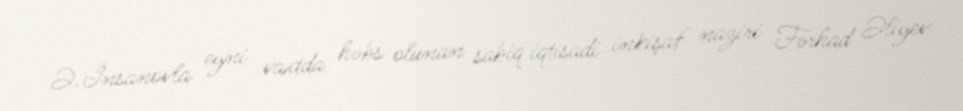
Ə.İnsanovla eyni vaxtda həbs olunan sabiq iqtisadi inkişaf naziri Fərhad Əliyev